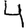
Digit: 4